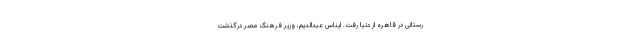
رستانی در قاهره از دنیا رفت. ایناس عبدالدیم، وزیر فرهنگ مصر درگذشت